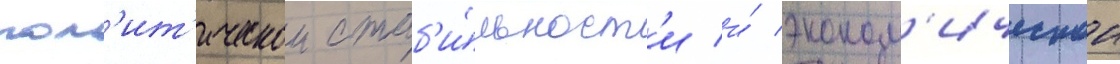
пол'ит'ическои стаб'и́льност'и и́ эконом'ическои